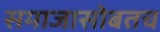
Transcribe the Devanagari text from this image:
समाजासोबतच